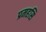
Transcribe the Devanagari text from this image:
प्रमहसि